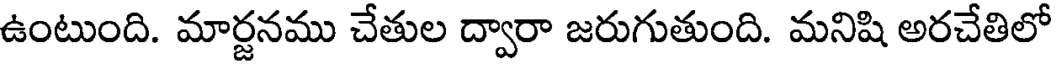
ఉంటుంది. మార్జనము చేతుల ద్వారా జరుగుతుంది. మనిషి అరచేతిలో